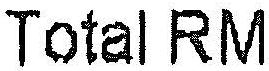
TOTAL RM